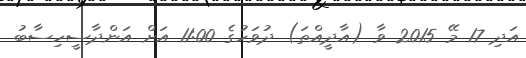
އަދި 17 މޭ 2015 ވާ (އާދީއްތަ) ދުވަހުގެ 11:00 އަށް އަންދާސީހިސާބު